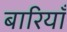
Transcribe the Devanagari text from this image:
बारियाँ